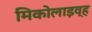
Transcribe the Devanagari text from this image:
मिकोलाइव्ह